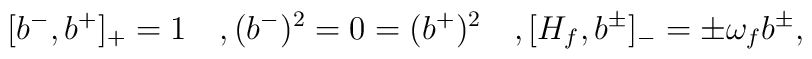
[b^-, b^+]_{+} = 1 \quad, (b^-)^{2} = 0 =(b^+)^{2} \quad, [H_f, b^{\pm}]_{-}=\pm \omega_f b^{\pm},